Annual administration report of the Civil Veterinary Department of India - 1908-1909
Year: 1908
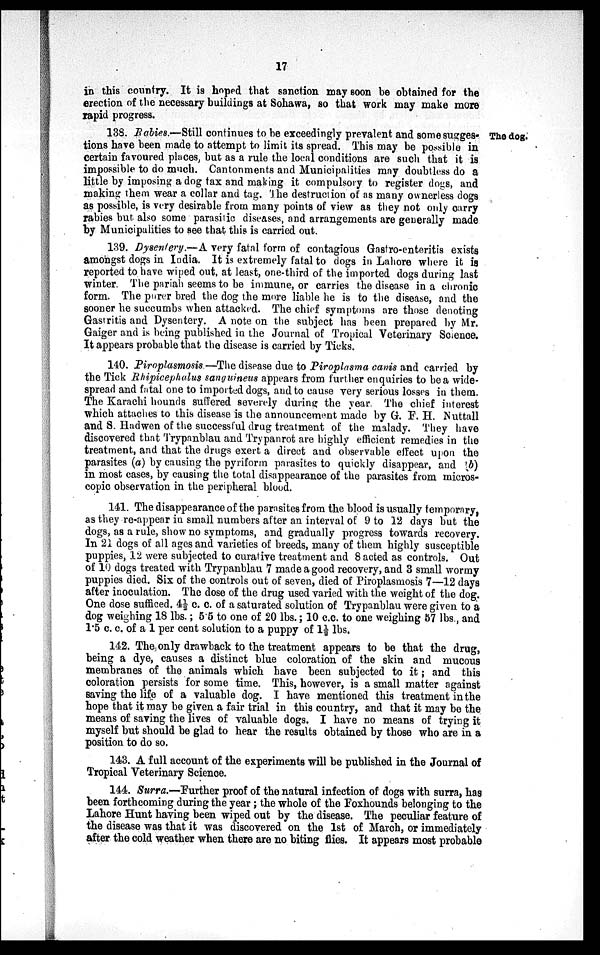
17
in this country. It is hoped that sanction may soon be obtained for the
erection of the necessary buildings at Sohawa, so that work may make more
rapid progress.
The dog.
138. Rabies.— Still continues to be exceedingly prevalent and some sugges-
tions have been made to attempt to limit its spread. This may be possible in
certain favoured places, but as a rule the local conditions are such that it is
impossible to do much. Cantonments and Municipalities may doubtless do a
little by imposing a dog tax and making it compulsory to register dogs, and
making them wear a collar and tag. The destruction of as many ownerless dogs
as possible, is very desirable from many points of view as they not only carry
rabies but also some parasitic diseases, and arrangements are generally made
by Municipalities to see that this is carried out.
139. Dysentery.—A very fatal form of contagious Gastro-enteritis exists
amongst dogs in India. It is extremely fatal to dogs in Lahore where it is
reported to have wiped out, at least, one-third of the imported dogs during last
winter. The pariah seems to be immune, or carries the disease in a chronic
form. The purer bred the dog the more liable he is to the disease, and the
sooner he succumbs when attacked. The chief symptoms are those denoting
Gastritis and Dysentery. A note on the subject has been prepared by Mr.
Gaiger and is being published in the Journal of Tropical Veterinary Science.
It appears probable that the disease is carried by Ticks.
140. Piroplasmosis.—The disease due to Piroplasma canis and carried by
the Tick Rhipicephalus sanguineus appears from further enquiries to be a wide-
spread and fatal one to imported dogs, and to cause very serious losses in them.
The Karachi hounds suffered severely during the year. The chief interest
which attaches to this disease is the announcement made by G. F. H. Nuttall
and S. Hadwen of the successful drug treatment of the malady. They have
discovered that Trypanblau and Trypanrot are highly efficient remedies in the
treatment, and that the drugs exert a direct and observable effect upon the
parasites (a) by causing the pyriform parasites to quickly disappear, and (b)
in most cases, by causing the total disappearance of the parasites from micros-
copic observation in the peripheral blood.
141. The disappearance of the parasites from the blood is usually temporary,
as they re-appear in small numbers after an interval of 9 to 12 days but the
dogs, as a rule, show no symptoms, and gradually progress towards recovery.
In 21 dogs of all ages and varieties of breeds, many of them highly susceptible
puppies, 12 were subjected to curative treatment and 8 acted as controls. Out
of 10 dogs treated with Trypanblau 7 made a good recovery, and 3 small wormy
puppies died. Six of the controls out of seven, died of Piroplasmosis 7—12 days
after inoculation. The dose of the drug used varied with the weight of the dog.
One dose sufficed. 41/2 c. c. of a saturated solution of Trypanblau were given to a
dog weighing 18 lbs.; 5.5 to one of 20 lbs.; 10 c.c. to one weighing 57 lbs., and
1.5 c. c. of a 1 per cent solution to a puppy of 11/2 lbs.
142. The only drawback to the treatment appears to be that the drug,
being a dye, causes a distinct blue coloration of the skin and mucous
membranes of the animals which have been subjected to it; and this
coloration persists for some time. This, however, is a small matter against
saving the life of a valuable dog. I have mentioned this treatment in the
hope that it may be given a fair trial in this country, and that it may be the
means of saving the lives of valuable dogs. I have no means of trying it
myself but should be glad to hear the results obtained by those who are in a
position to do so.
143. A full account of the experiments will be published in the Journal of
Tropical Veterinary Science.
144. Surra.—Further proof of the natural infection of dogs with surra, has
been forthcoming during the year; the whole of the Foxhounds belonging to the
Lahore Hunt having been wiped out by the disease. The peculiar feature of
the disease was that it was discovered on the 1st of March, or immediately
after the cold weather when there are no biting flies. It appears most probable